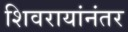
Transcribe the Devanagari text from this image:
शिवरायांनंतर